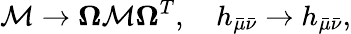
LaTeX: {\cal M}\to{\mathbf\Omega}{\cal M}{\mathbf\Omega}^{T},\ \ \ \ h_{\bar{\mu}\bar{\nu}}\to h_{\bar{\mu}\bar{\nu}},